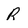
Character: R